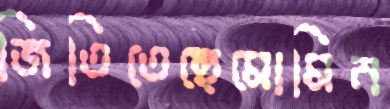
জিতিতেছেমোমিন